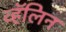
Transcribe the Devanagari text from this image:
व्हॅलिन